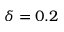
\delta = 0 . 2